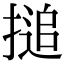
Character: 搥